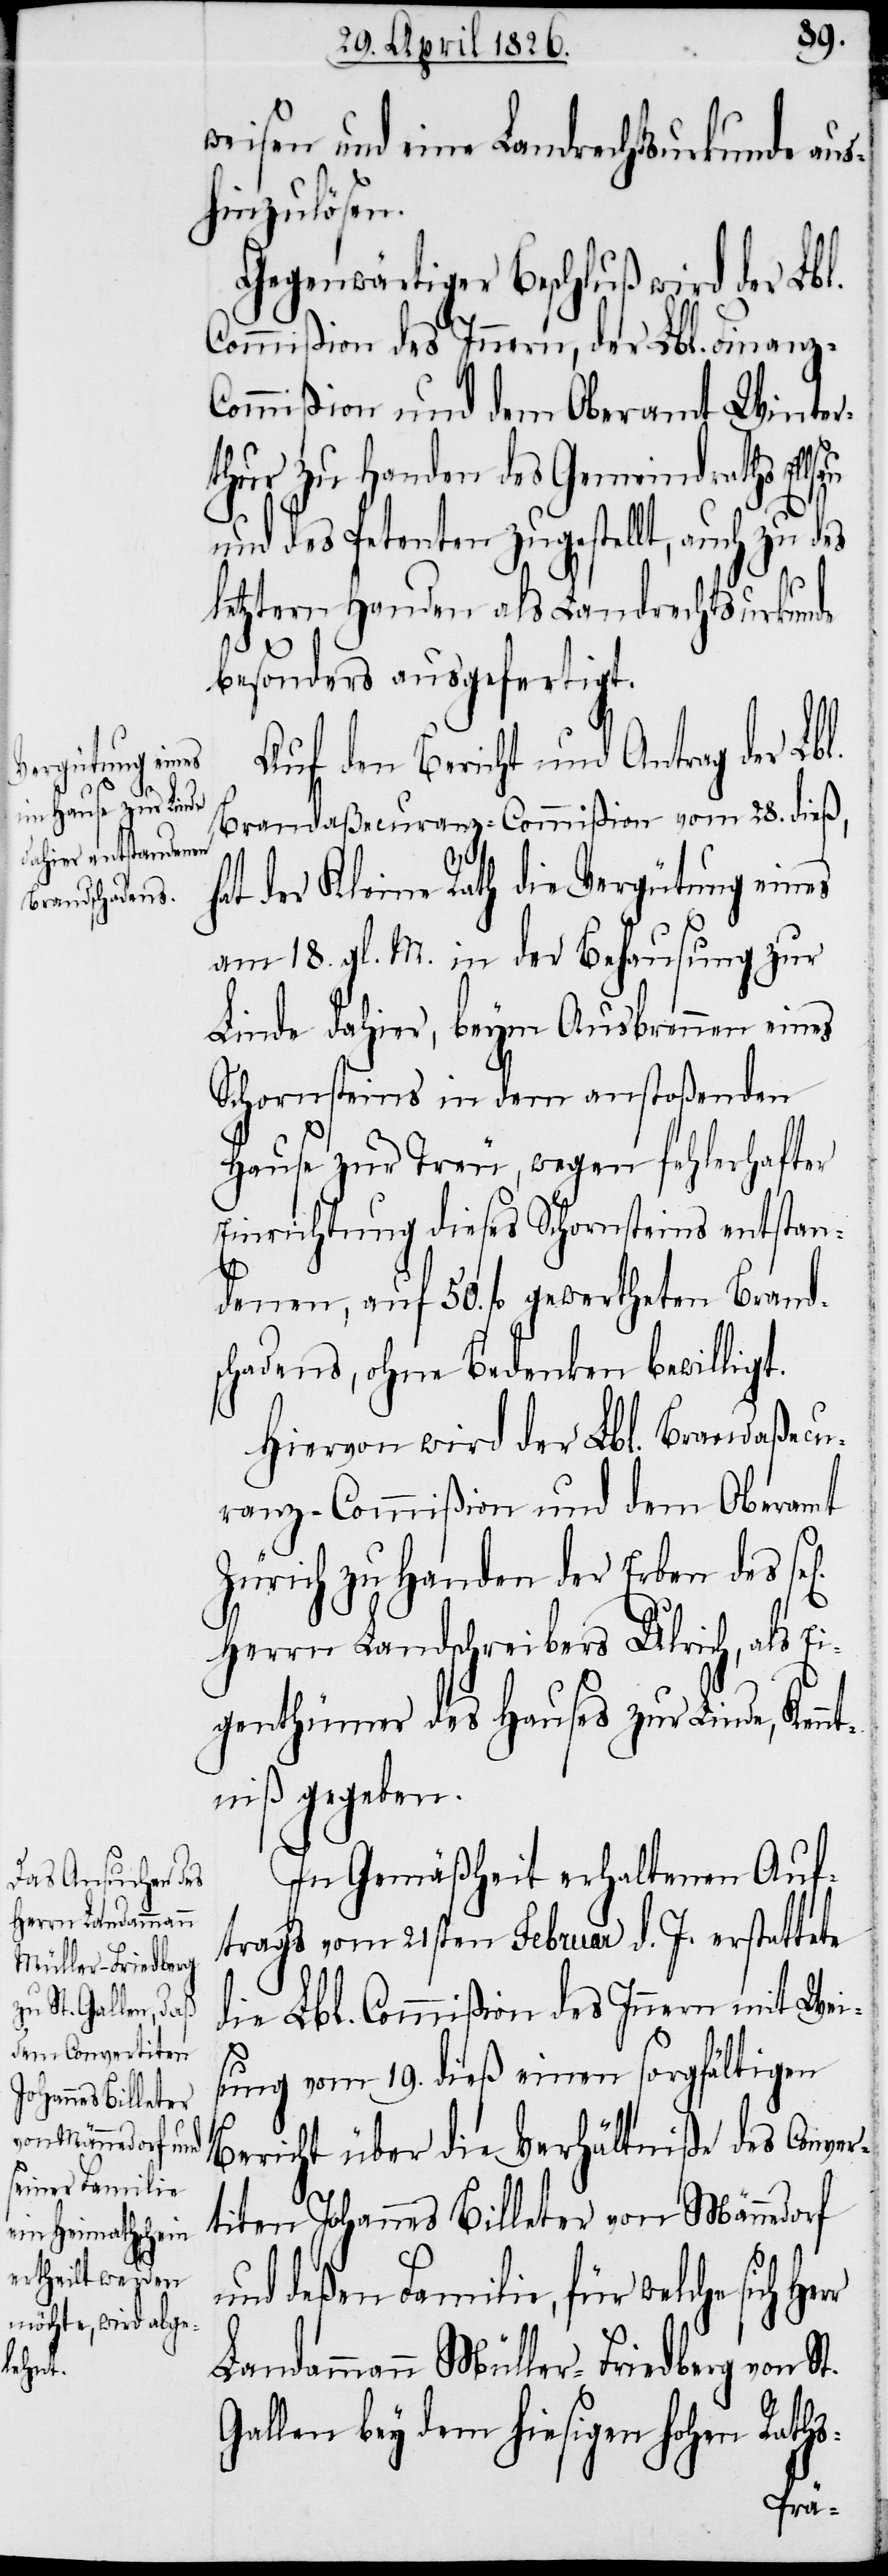
weisen und eine Landrechtsurkunde aus¬
hinzulösen.
Gegenwärtiger Beschluß wird der Lbl.
Commißion des Innern, der Lbl. Finanz-C¬
ommißion und dem Oberamt Winter¬
thur zu Handen des Gemeindraths
und des Petenten zugestellt, auch zu des
letztern Handen als Landrechtsurkunde
besonders ausgefertigt.
Auf den Bericht und Antrag der Lbl.
Brandaßecuranz-Commißion vom 28. dieß,
hat der Kleine Rath die Vergütung eines
am 18. gl. M. in der Behausung zur
Linde dahier, beym Ausbrennen eines
Schornsteins in dem anstoßenden
Hause zur Treu, wegen fehlerhafter
Einrichtung dieses Schornsteins entstan¬
denen, auf 50. fl. gewertheten Brand¬
schadens, ohne Bedenken bewilligt.
Hiervon wird der Lbl. Brandaßecu¬
ranz-Commißion und dem Oberamt
Zürich zu Handen der Erben des
Herrn Landschreibers Ulrich, als Ei¬
genthümer des Hauses zur Linde, Kennt¬
niß gegeben.
In Gemäßheit erhaltenen Auf¬
trags vom 21sten Februar d. J. erstattete
die Lbl. Commißion des Innern mit Wei¬
sung vom 19. dieß einen sorgfältigen
Bericht über die Verhältniß des Conver¬
titen Johannes Billeter von Männedorf
und deßen Familie, für welche
Landammann Müller-Friedberg von St.
Gallen bey dem hiesigen hohen Raths-